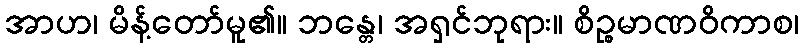
အာဟ၊ မိန့်တော်မူ၏။ ဘန္တေ၊ အရှင်ဘုရား။ စိဉ္စမာဏဝိကာစ၊